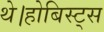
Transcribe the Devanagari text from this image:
थे।होबिस्ट्स